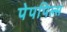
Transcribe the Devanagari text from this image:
पेपपिल्स